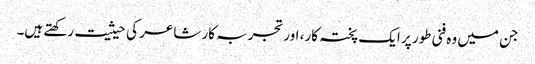
جن میں وہ فنی طور پر ایک پختہ کار، اور تجربہ کار شاعر کی حیثیت رکھتے ہیں۔